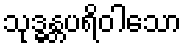
သုဒ္ဓန္တပရိဝါသော